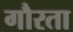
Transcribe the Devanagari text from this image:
गौरता